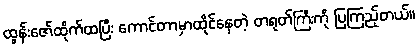
ထွန်းဇော်ထိုက်ထပြီး ကောင်တာမှာထိုင်နေတဲ့ တရုတ်ကြီးကို ပြကြည့်တယ်။